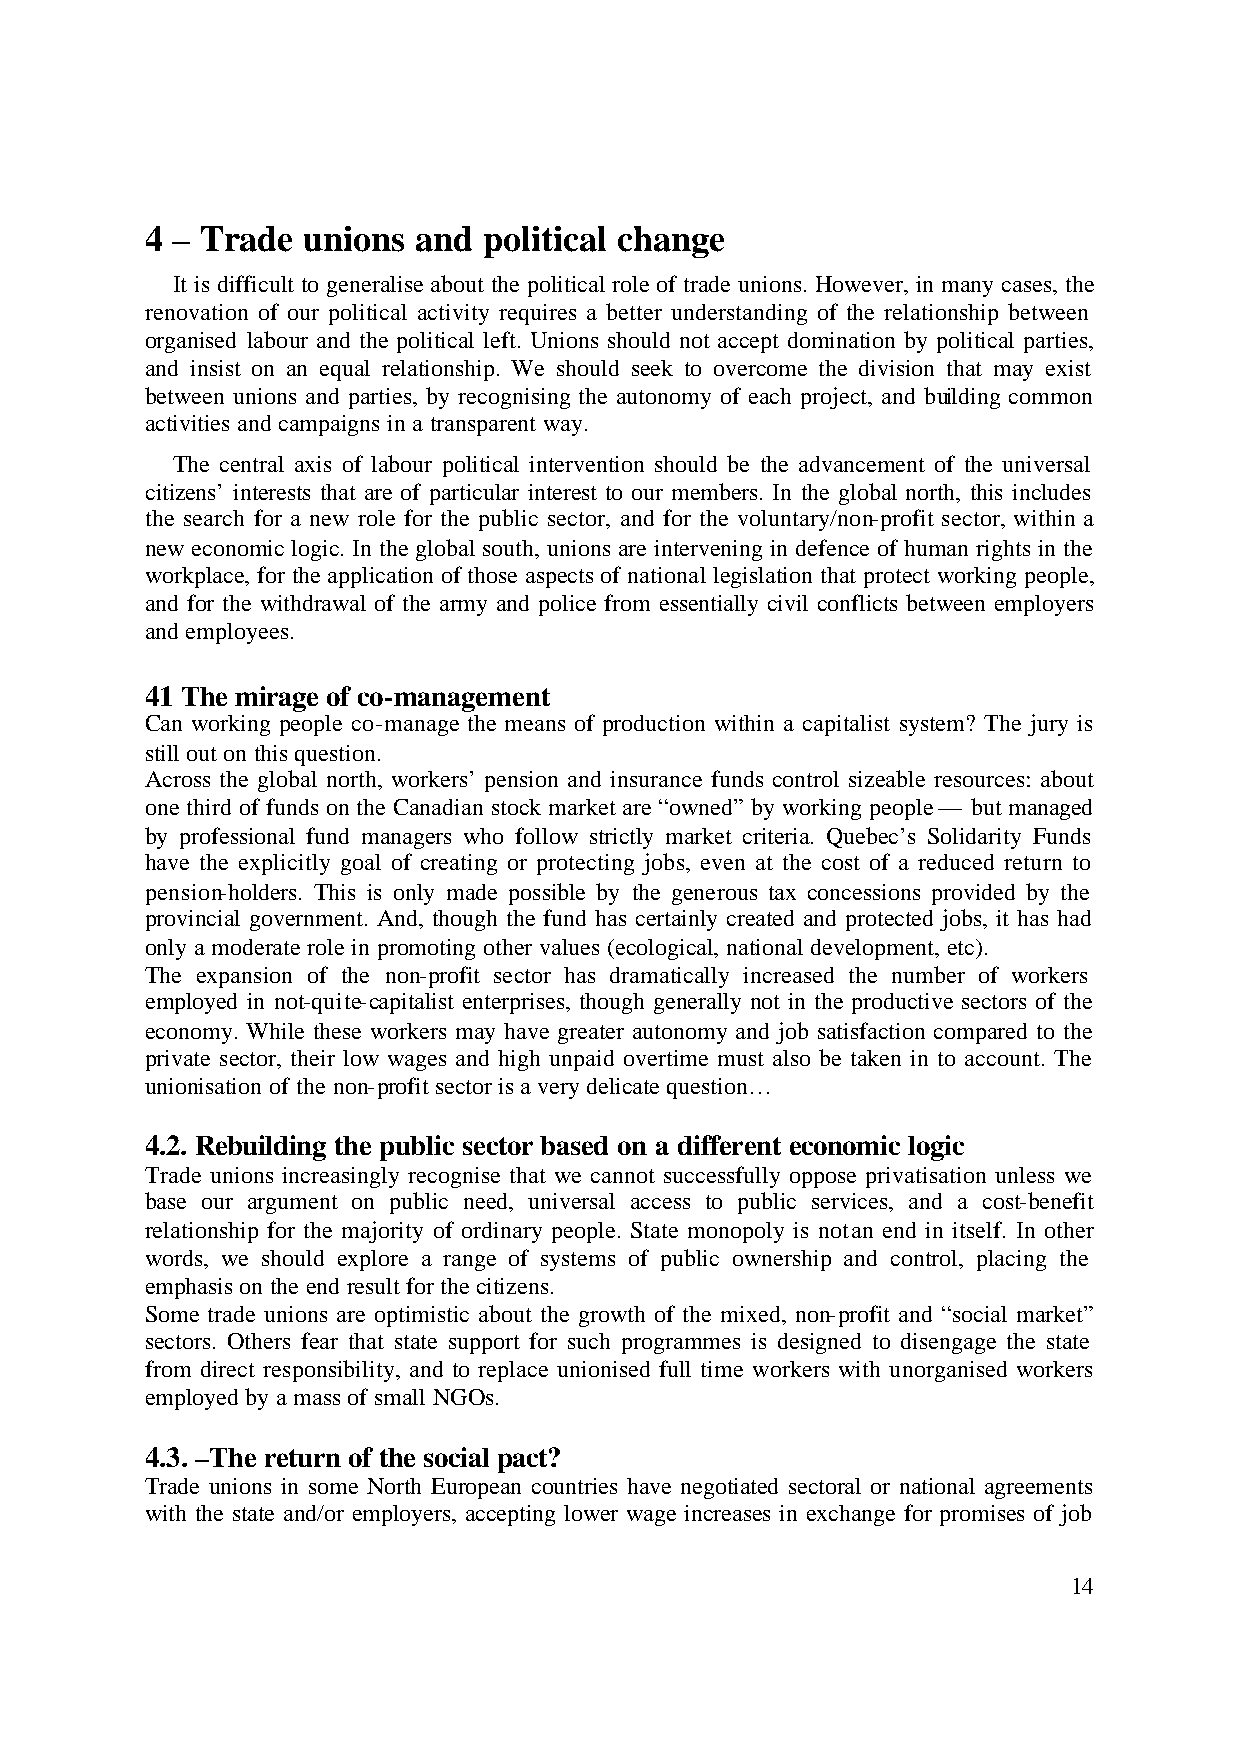
4 – Trade unions and  political change
 It is difficult to generalise about the political role of trade unions. However, in many cases, the
 renovation of our political activity requires a better understanding of the relationship between
 organised labour and the political left. Unions should not accept domination by political parties,
 and insist on an equal relationship. We should seek to overcome the division that may exist
 between unions and parties, by recognising the autonomy of each project, and building common
 activities and campaigns in a transparent way.
 The central axis of labour political intervention should be the advancement of the universal
 citizens’ interests that are of particular interest to our members. In the global north, this includes
 the search for a new role for the public sector, and for the voluntary/non-profit sector, within a
 new economic logic. In the global south, unions are intervening in defence of human rights in the
 workplace, for the application of those aspects of national legislation that protect working people,
 and for the withdrawal of the army and police from essentially civil conflicts between employers
 and employees.
 41 The mirage of co-management
 Can working people co-manage the means of production within a capitalist system? The jury is
 still out on this question.
 Across the global north, workers’ pension and insurance funds control sizeable resources: about
 one third of funds on the Canadian stock market are “owned” by working people — but managed
 by professional fund managers who follow strictly market criteria. Quebec’s Solidarity Funds
 have the explicitly goal of creating or protecting jobs, even at the cost of a reduced return to
 pension-holders. This is only made possible by the generous tax concessions provided by the
 provincial government. And, though the fund has certainly created and protected jobs, it has had
 only a moderate role in promoting other values (ecological, national development, etc).
 The expansion of the non-profit sector has dramatically increased the number of workers
 employed in not-quite-capitalist enterprises, though generally not in the productive sectors of the
 economy. While these workers may have greater autonomy and job satisfaction compared to the
 private sector, their low wages and high unpaid overtime must also be taken in to account. The
 unionisation of the non-profit sector is a very delicate question…
 4.2. Rebuilding the public sector based on a different economic logic
 Trade unions increasingly recognise that we cannot successfully oppose privatisation unless we
 base our argument on public need, universal access to public services, and a cost-benefit
 relationship for the majority of ordinary people. State monopoly is not an end in itself. In other
 words, we should explore a range of systems of public ownership and control, placing the
 emphasis on the end result for the citizens.
 Some trade unions are optimistic about the growth of the mixed, non-profit and “social market”
 sectors. Others fear that state support for such programmes is designed to disengage the state
 from direct responsibility, and to replace unionised full time workers with unorganised workers
 employed by a mass of small NGOs.
 4.3. –The return of the social pact?
 Trade unions in some North European countries have negotiated sectoral or national agreements
 with the state and/or employers, accepting lower wage increases in exchange for promises of job
 14